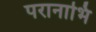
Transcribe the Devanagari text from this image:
परानाभि